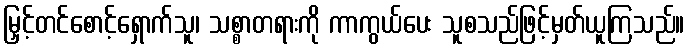
မြှင့်တင်စောင့်ရှောက်သူ၊ သစ္စာတရားကို ကာကွယ်ပေး သူစသည်ဖြင့်မှတ်ယူကြသည်။